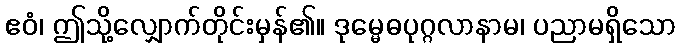
ဧဝံ၊ ဤသို့လျှောက်တိုင်းမှန်၏။ ဒုမ္မေဓပုဂ္ဂလာနာမ၊ ပညာမရှိသော